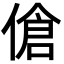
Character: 傖